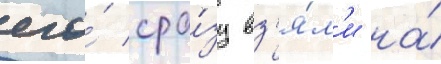
его́ сра́зу вз'я́л'и на́